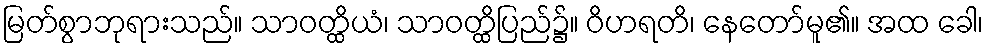
မြတ်စွာဘုရားသည်။ သာဝတ္ထိယံ၊ သာဝတ္ထိပြည်၌။ ဝိဟရတိ၊ နေတော်မူ၏။ အထ ခေါ၊